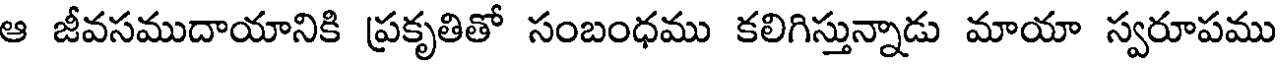
ఆ జీవసముదాయానికి ప్రకృతితో సంబంధము కలిగిస్తున్నాడు మాయా స్వరూపము